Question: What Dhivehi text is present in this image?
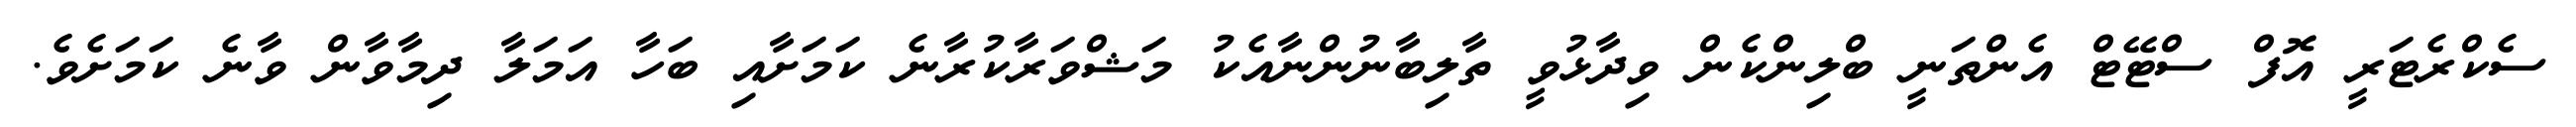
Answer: ސެކްރެޓަރީ އޮފް ސްޓޭޓް އެންތަނީ ބްލިންކެން ވިދާޅުވީ ތާލިބާނުންނާއެކު މަޝްވަރާކުރާނެ ކަމަށާއި ބަހާ އަމަލާ ދިމާވާން ވާނެ ކަމަށެވެ.